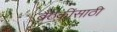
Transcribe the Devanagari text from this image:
बैठकींसाठी